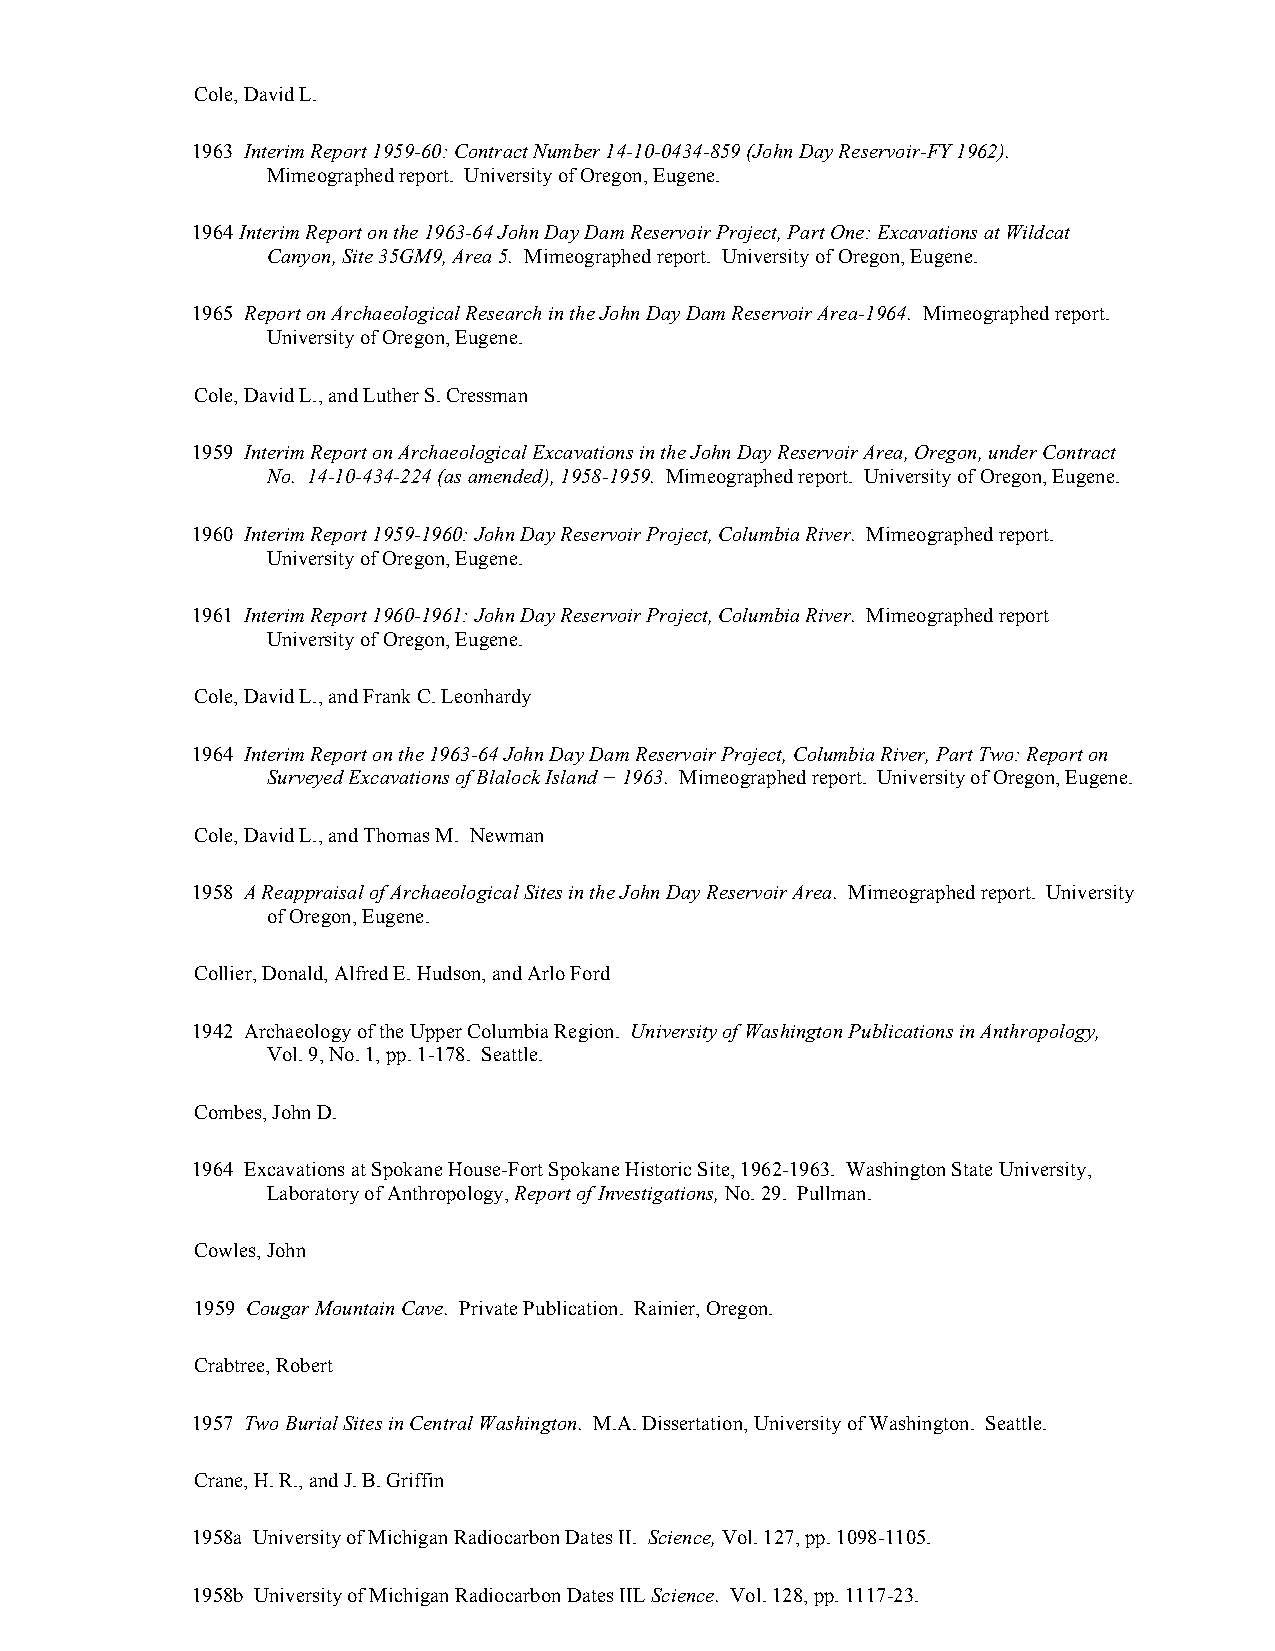
Cole, David L.
 1963 Interim Report 1959-60: Contract Number 14-10-0434-859 (John Day Reservoir-FY 1962).
 Mimeographed report. University of Oregon, Eugene.
 1964 Interim Report on the 1963-64 John Day Dam Reservoir Project, Part One: Excavations at Wildcat
 Canyon, Site 35GM9, Area 5. Mimeographed report. University of Oregon, Eugene.
 1965 Report on Archaeological Research in the John Day Dam Reservoir Area-1964. Mimeographed report.
 University of Oregon, Eugene.
 Cole, David L., and Luther S. Cressman
 1959 Interim Report on Archaeological Excavations in the John Day Reservoir Area, Oregon, under Contract
 No. 14-10-434-224 (as amended), 1958-1959. Mimeographed report. University of Oregon, Eugene.
 1960 Interim Report 1959-1960: John Day Reservoir Project, Columbia River. Mimeographed report.
 University of Oregon, Eugene.
 1961 Interim Report 1960-1961: John Day Reservoir Project, Columbia River. Mimeographed report
 University of Oregon, Eugene.
 Cole, David L., and Frank C. Leonhardy
 1964 Interim Report on the 1963-64 John Day Dam Reservoir Project, Columbia River, Part Two: Report on
 Surveyed Excavations of Blalock Island − 1963. Mimeographed report. University of Oregon, Eugene.
 Cole, David L., and Thomas M. Newman
 1958 A Reappraisal of Archaeological Sites in the John Day Reservoir Area. Mimeographed report. University
 of Oregon, Eugene.
 Collier, Donald, Alfred E. Hudson, and Arlo Ford
 1942 Archaeology of the Upper Columbia Region. University of Washington Publications in Anthropology,
 Vol. 9, No. 1, pp. 1-178. Seattle.
 Combes, John D.
 1964 Excavations at Spokane House-Fort Spokane Historic Site, 1962-1963. Washington State University,
 Laboratory of Anthropology, Report of Investigations, No. 29. Pullman.
 Cowles, John
 1959 Cougar Mountain Cave. Private Publication. Rainier, Oregon.
 Crabtree, Robert
 1957 Two Burial Sites in Central Washington. M.A. Dissertation, University of Washington. Seattle.
 Crane, H. R., and J. B. Griffin
 1958a University of Michigan Radiocarbon Dates II. Science, Vol. 127, pp. 1098-1105.
 1958b University of Michigan Radiocarbon Dates IIL Science. Vol. 128, pp. 1117-23.